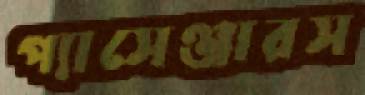
প্যাসেঞ্জারস